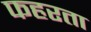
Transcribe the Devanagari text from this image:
फहरता